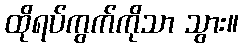
ထိုရပ်ကွက်ကိုသာ သွား။